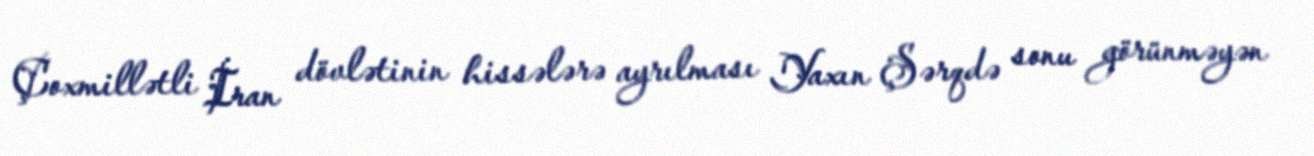
Çoxmillətli İran dövlətinin hissələrə ayrılması Yaxın Şərqdə sonu görünməyən